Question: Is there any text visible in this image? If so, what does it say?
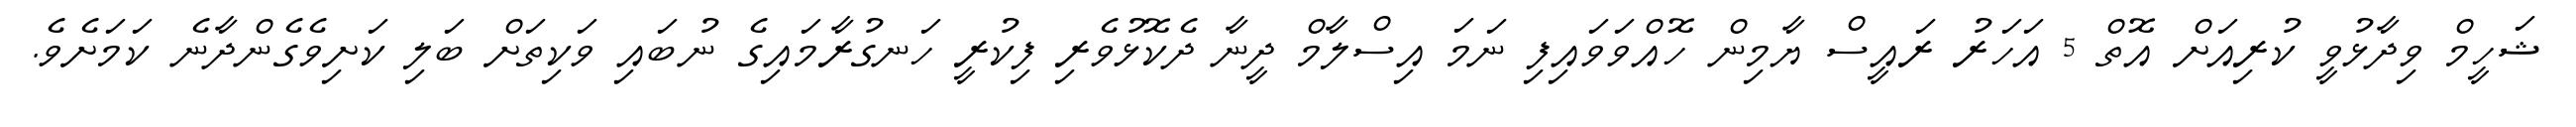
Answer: ޝަހީމް ވިދާޅުވީ ކުރިއަށް އޮތް 5 އަހަރު ރައީސް ޔާމިން ހޮއްވަވައިފި ނަމަ އިސްލާމް ދީނާ ދެކޮޅުވެރި ފިކުރީ ހަނގުރާމައިގެ ނުބައި ވަކިތަށް ބަލި ކަށިވެގެންދާނެ ކަމަށެވެ.